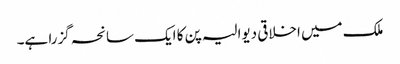
ملک میں اخلاقی دیوالیہ پن کا ایک سانحہ گزرا ہے۔